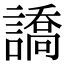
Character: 譑